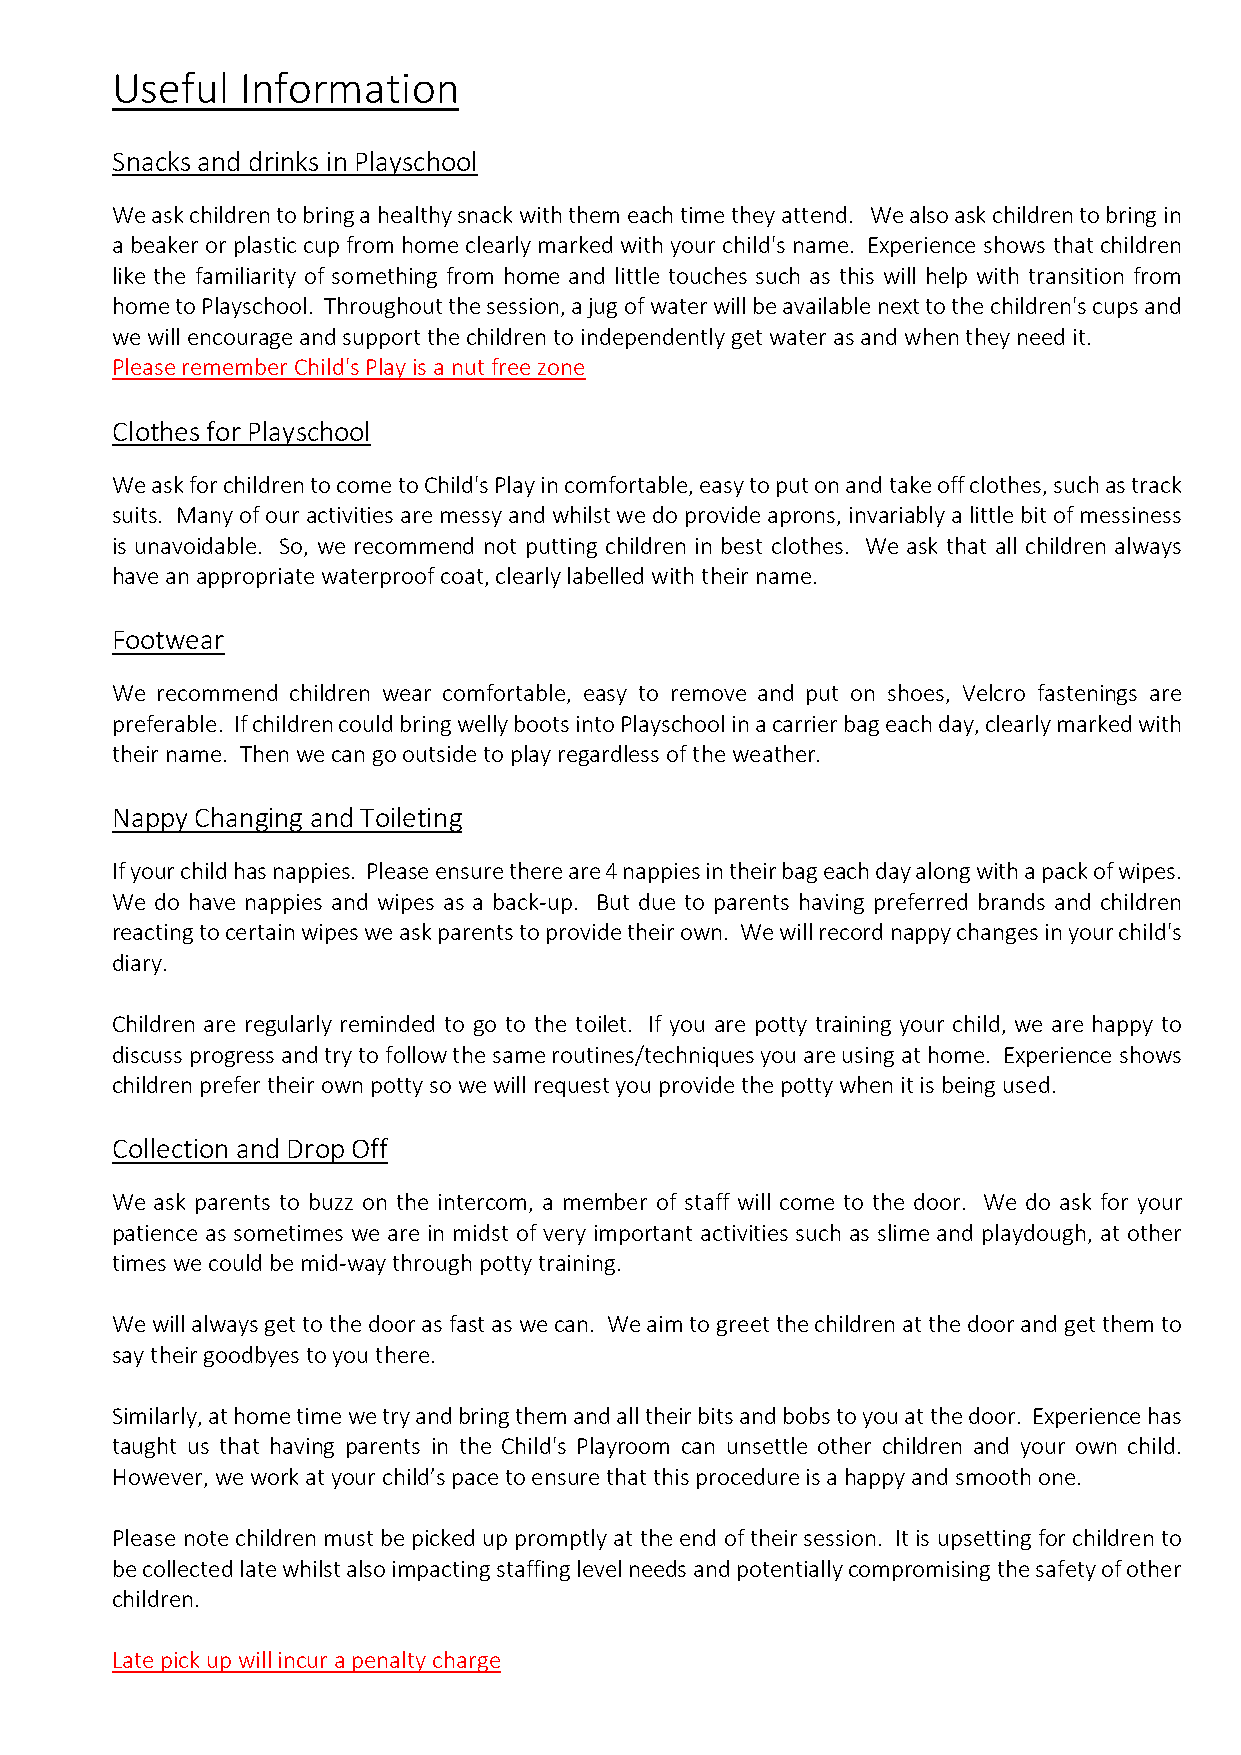
Useful   Information
 Snacks and drinks in Playschool
 We ask children to bring a healthy snack with them each time they attend. We also ask children to bring in
 a beaker or plastic cup from home clearly marked with your child's name. Experience shows that children
 like the familiarity of something from home and little touches such as this will help with transition from
 home to Playschool. Throughout the session, a jug of water will be available next to the children's cups and
 we will encourage and support the children to independently get water as and when they need it.
 Please remember Child's Play is a nut free zone
 Clothes for Playschool
 We ask for children to come to Child's Play in comfortable, easy to put on and take off clothes, such as track
 suits. Many of our activities are messy and whilst we do provide aprons, invariably a little bit of messiness
 is unavoidable. So, we recommend not putting children in best clothes. We ask that all children always
 have an appropriate waterproof coat, clearly labelled with their name.
 Footwear
 We recommend children wear comfortable, easy to remove and put on shoes, Velcro fastenings are
 preferable. If children could bring welly boots into Playschool in a carrier bag each day, clearly marked with
 their name. Then we can go outside to play regardless of the weather.
 Nappy Changing and Toileting
 If your child has nappies. Please ensure there are 4 nappies in their bag each day along with a pack of wipes.
 We do have nappies and wipes as a back-up. But due to parents having preferred brands and children
 reacting to certain wipes we ask parents to provide their own. We will record nappy changes in your child's
 diary.
 Children are regularly reminded to go to the toilet. If you are potty training your child, we are happy to
 discuss progress and try to follow the same routines/techniques you are using at home. Experience shows
 children prefer their own potty so we will request you provide the potty when it is being used.
 Collection and Drop Off
 We ask parents to buzz on the intercom, a member of staff will come to the door. We do ask for your
 patience as sometimes we are in midst of very important activities such as slime and playdough, at other
 times we could be mid-way through potty training.
 We will always get to the door as fast as we can. We aim to greet the children at the door and get them to
 say their goodbyes to you there.
 Similarly, at home time we try and bring them and all their bits and bobs to you at the door. Experience has
 taught us that having parents in the Child's Playroom can unsettle other children and your own child.
 However, we work at your child’s pace to ensure that this procedure is a happy and smooth one.
 Please note children must be picked up promptly at the end of their session. It is upsetting for children to
 be collected late whilst also impacting staffing level needs and potentially compromising the safety of other
 children.
 Late pick up will incur a penalty charge